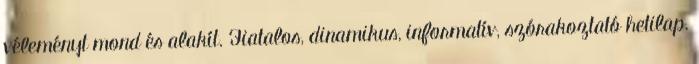
véleményt mond és alakít. Fiatalos, dinamikus, informatív, szórakoztató hetilap.